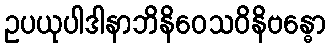
ဥပယုပါဒါနာဘိနိဝေသဝိနိဗန္ဓော